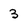
Character: 3